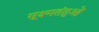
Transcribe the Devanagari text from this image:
सूक्ष्मतंतुओं